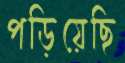
পড়িয়েছি